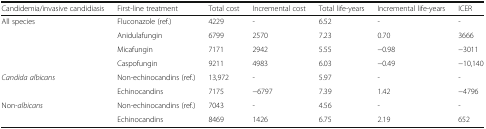
<table><thead><tr><td><b>Candidemia/invasive candidiasis</b></td><td><b>First-line treatment</b></td><td><b>Total cost</b></td><td><b>Incremental cost</b></td><td><b>Total life-years</b></td><td><b>Incremental life-years</b></td><td><b>ICER</b></td></tr></thead><tbody><tr><td rowspan="4">All species</td><td>Fluconazole (ref.)</td><td>4229</td><td>-</td><td>6.52</td><td>-</td><td>-</td></tr><tr><td>Anidulafungin</td><td>6799</td><td>2570</td><td>7.23</td><td>0.70</td><td>3666</td></tr><tr><td>Micafungin</td><td>7171</td><td>2942</td><td>5.55</td><td>−0.98</td><td>−3011</td></tr><tr><td>Caspofungin</td><td>9211</td><td>4983</td><td>6.03</td><td>−0.49</td><td>−10,140</td></tr><tr><td rowspan="2"><i>Candida albicans</i></td><td>Non-echinocandins (ref.)</td><td>13,972</td><td>-</td><td>5.97</td><td>-</td><td>-</td></tr><tr><td>Echinocandins</td><td>7175</td><td>−6797</td><td>7.39</td><td>1.42</td><td>−4796</td></tr><tr><td rowspan="2">Non-<i>albicans</i></td><td>Non-echinocandins (ref.)</td><td>7043</td><td>-</td><td>4.56</td><td>-</td><td>-</td></tr><tr><td>Echinocandins</td><td>8469</td><td>1426</td><td>6.75</td><td>2.19</td><td>652</td></tr></tbody></table>